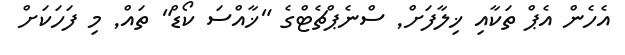
އެހެން އެޕް ތަކާއި ޚިލާފަށް